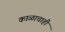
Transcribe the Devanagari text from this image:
काळाचाही